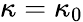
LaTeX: \kappa=\kappa_{0}